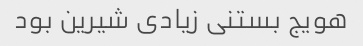
هویج بستنی زیادی شیرین بود